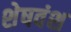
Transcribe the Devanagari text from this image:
शेषवंश